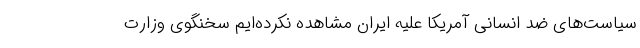
سیاست‌های ضد انسانی آمریکا علیه ایران مشاهده نکرده‌ایم سخنگوی وزارت